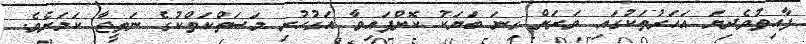
ފާއިތުވެދިޔަ އަހަރުތަކުގައި ވަރަށް ގިނަ ބަޔަކު ކޮށްފައިވާ އަގުހުރި މަސަތްކަތްކުގެ ނަތީޖާ ކަމަށެވެ.